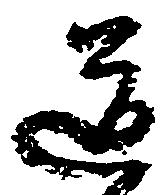
道